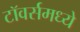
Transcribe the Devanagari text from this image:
टॉवर्समध्ये